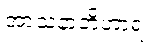
အာသနာဘိဟာရံ